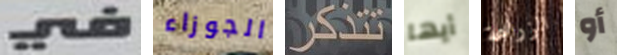
في الجوزاء تتذكر أيها الزراعة أو